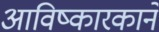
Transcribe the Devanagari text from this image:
आविष्कारकाने